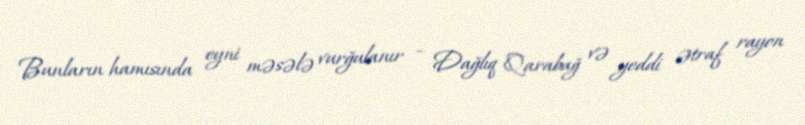
Bunların hamısında eyni məsələ vurğulanır – Dağlıq Qarabağ və yeddi ətraf rayon